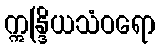
ဣန္ဒြိယသံဝရော